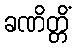
ခဏိတ္တိံ